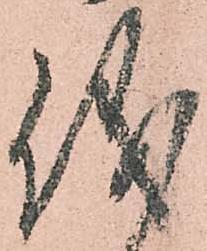
儀